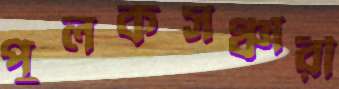
পুলকসঞ্চারী